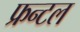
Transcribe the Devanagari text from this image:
फ्रन्‍टल